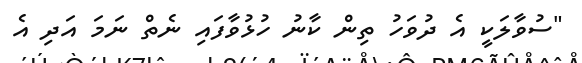
"ސުވާލަކީ އެ ދުވަހު ތިން ކާނު ހުޅުވާފައި ނެތް ނަމަ އަދި އެ